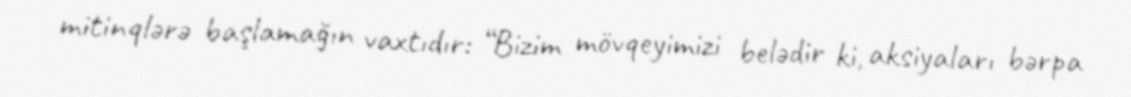
mitinqlərə başlamağın vaxtıdır: “Bizim mövqeyimizi belədir ki, aksiyaları bərpa